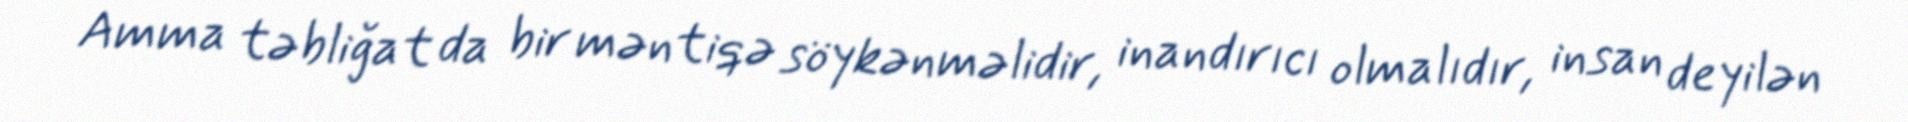
Amma təbliğat da bir məntiqə söykənməlidir, inandırıcı olmalıdır, insan deyilən